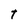
Character: t